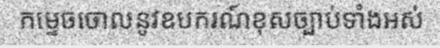
កម្ទេចចោលនូវឧបករណ៍ខុសច្បាប់ទាំងអស់